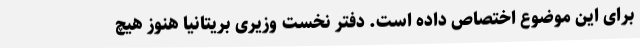
برای این موضوع اختصاص داده است. دفتر نخست وزیری بریتانیا هنوز هیچ